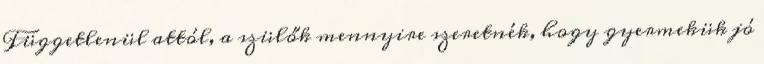
Függetlenül attól, a szülők mennyire szeretnék, hogy gyermekük jó